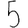
Digit: 5